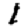
Digit: 1